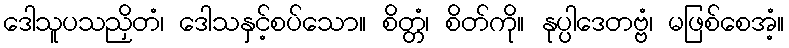
ဒေါသူပသညှိတံ၊ ဒေါသနှင့်စပ်သော။ စိတ္တံ၊ စိတ်ကို။ နုပ္ပါဒေတဗ္ဗံ၊ မဖြစ်စေအံ့။